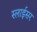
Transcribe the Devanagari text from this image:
स्‍लाईसर